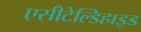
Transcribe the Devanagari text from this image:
एसीटेल्डिहाइड